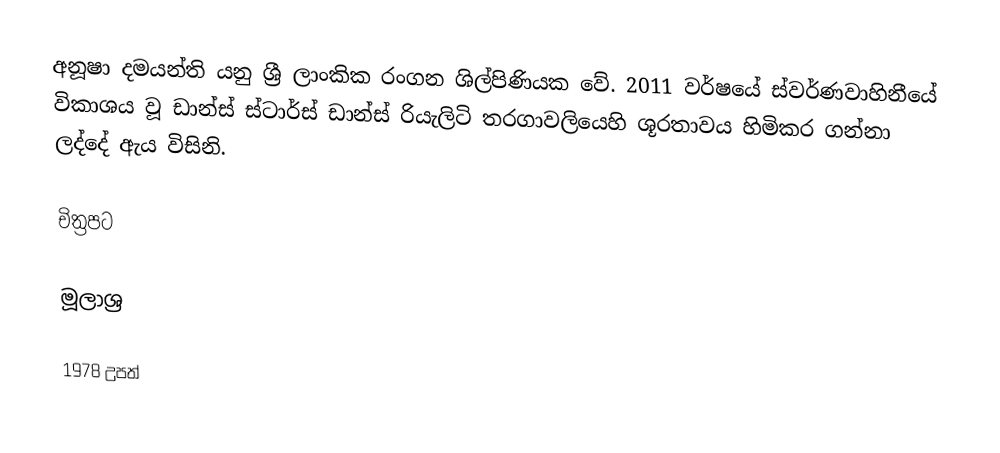
අනූෂා දමයන්ති යනු ශ්‍රී ලාංකික රංගන ශිල්පිණියක වේ. 2011 වර්ෂයේ ස්වර්ණවාහිනීයේ විකාශය වූ ඩාන්ස් ස්ටාර්ස් ඩාන්ස් රියැලිටි තරගාවලියෙහි ශූරතාවය හිමිකර ගන්නා ලද්දේ ඇය විසිනි.

චිත්‍රපට

මූලාශ්‍ර

1978 උපත්